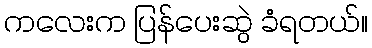
ကလေးက ပြန်ပေးဆွဲ ခံရတယ်။